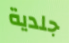
جلدية